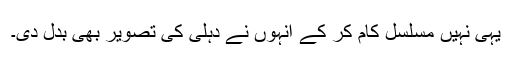
یہی نہیں مسلسل کام کر کے انہوں نے دہلی کی تصویر بھی بدل دی۔